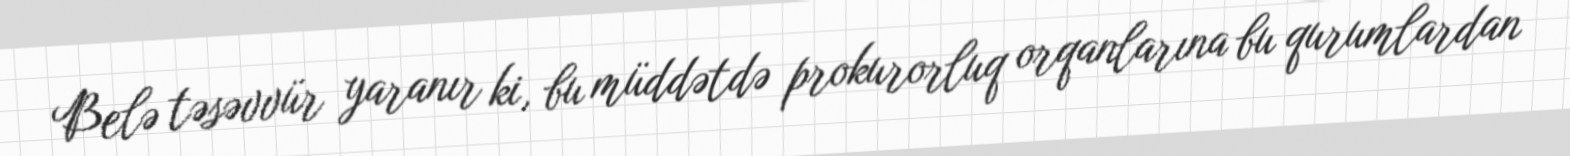
Belə təsəvvür yaranır ki, bu müddətdə prokurorluq orqanlarına bu qurumlardan